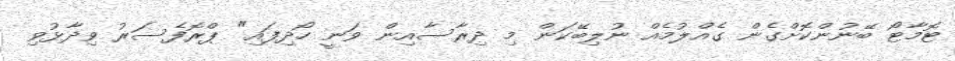
ޓޮމާޓޯ ބޭނުންކޮށްގެން ގެއްލުމެއް ނުލިބޭކަން މި ދިރާސާއިން ވަނީ ހޯދިފައި" ޕްރޮފެސަރު ވިދާޅުވި